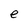
Character: e